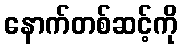
နောက်တစ်ဆင့်ကို